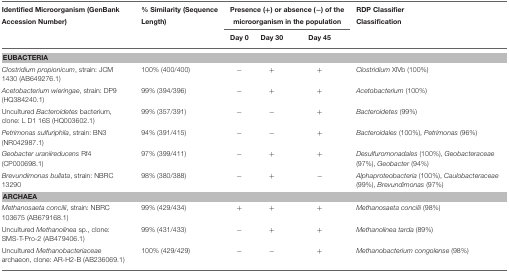
<table><thead><tr><td><b>Identified Microorganism (GenBank Accession Number)</b></td><td><b>% Similarity (Sequence Length)</b></td><td colspan="3"><b>Presence (+) or absence (−) of the microorganism in the population</b></td><td><b>RDP Classifier Classification</b></td></tr><tr><td></td><td></td><td><b>Day 0</b></td><td><b>Day 30</b></td><td><b>Day 45</b></td><td></td></tr></thead><tbody><tr><td colspan="6"><b>EUBACTERIA</b></td></tr><tr><td><i>Clostridium propionicum</i>, strain: JCM 1430 (AB649276.1)</td><td>100% (400/400)</td><td>−</td><td>+</td><td>+</td><td><i>Clostridium</i> XlVb (100%)</td></tr><tr><td><i>Acetobacterium wieringae</i>, strain: DP9 (HQ384240.1)</td><td>99% (394/396)</td><td>−</td><td>+</td><td>+</td><td><i>Acetobacterium</i> (100%)</td></tr><tr><td>Uncultured <i>Bacteroidetes</i> bacterium, clone: L D1 16S (HQ003602.1)</td><td>99% (357/391)</td><td>−</td><td>−</td><td>+</td><td><i>Bacteroidetes</i> (99%)</td></tr><tr><td><i>Petrimonas sulfuriphila</i>, strain: BN3 (NR042987.1)</td><td>94% (391/415)</td><td>−</td><td>−</td><td>+</td><td><i>Bacteroidales</i> (100%), <i>Petrimonas</i> (96%)</td></tr><tr><td><i>Geobacter uraniireducens</i> Rf4 (CP000698.1)</td><td>97% (399/411)</td><td>−</td><td>+</td><td>+</td><td><i>Desulfuromonadales</i> (100%), <i>Geobacteraceae</i> (97%), <i>Geobacter</i> (94%)</td></tr><tr><td><i>Brevundimonas bullata</i>, strain: NBRC 13290</td><td>98% (380/388)</td><td>−</td><td>+</td><td>−</td><td><i>Alphaproteobacteria</i> (100%), <i>Caulobacteraceae</i> (99%), <i>Brevundimonas</i> (97%)</td></tr><tr><td colspan="6"><b>ARCHAEA</b></td></tr><tr><td><i>Methanosaeta concilii</i>, strain: NBRC 103675 (AB679168.1)</td><td>99% (429/434)</td><td>+</td><td>+</td><td>+</td><td><i>Methanosaeta concilii</i> (98%)</td></tr><tr><td>Uncultured <i>Methanolinea</i> sp., clone: SMS-T-Pro-2 (AB479406.1)</td><td>99% (431/433)</td><td>−</td><td>+</td><td>+</td><td><i>Methanolinea tarda</i> (89%)</td></tr><tr><td>Uncultured <i>Methanobacteriaceae</i> archaeon, clone: AR-H2-B (AB236069.1)</td><td>100% (429/429)</td><td>−</td><td>−</td><td>+</td><td><i>Methanobacterium congolense</i> (98%)</td></tr></tbody></table>